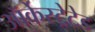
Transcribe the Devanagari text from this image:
ऑर्केस्ट्रेटेड